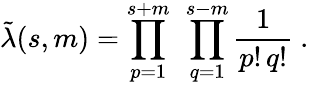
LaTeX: \tilde{\lambda}(s,m)=\prod_{p=1}^{s+m}\ \prod_{q=1}^{s-m}{\frac{1}{p!\, q!}}\ .